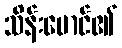
သိန်းမောင်၏